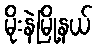
မိုးနဲမြို့နယ်